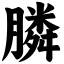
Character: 膦